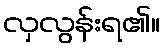
လှလွန်းရ၏။